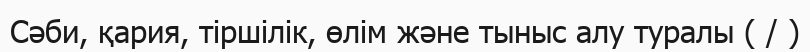
Сәби, қария, тіршілік, өлім және тыныс алу туралы ( / )